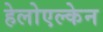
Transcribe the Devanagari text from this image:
हेलोएल्केन